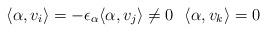
LaTeX: \begin{align*} \langle \alpha,v_i\rangle=-\epsilon_\alpha\langle \alpha, v_j\rangle\not=0\ \ \langle \alpha,v_k\rangle=0 \ \end{align*}